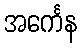
အင်္ကေန